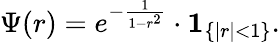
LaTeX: \Psi(r)=e^{-{\frac{1}{1-r^{2}}}}\cdot\mathbf{1}_{\{ |r|<1\} }.